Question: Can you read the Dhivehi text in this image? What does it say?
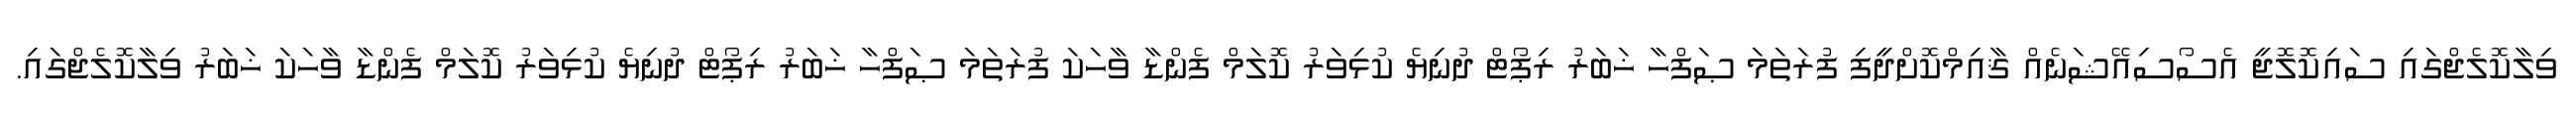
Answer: ވިލާކޮލެޖްގައި ސައިކޮލޮޖީ އެސޯސިއޭޝަނެއް ޤާއިމްކޮށްދީފި ފުރަތަމަ ޞަފްހާ ޚަބަރު ރިޕޯޓް ދުނިޔެ ކުޅިވަރު ކޮލަމް ފެންޑާ ވާހަކަ ފުރަތަމަ ޞަފްހާ ޚަބަރު ރިޕޯޓް ދުނިޔެ ކުޅިވަރު ކޮލަމް ފެންޑާ ވާހަކަ ޚަބަރު ވިލާކޮލެޖްގައި.